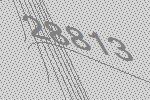
28813